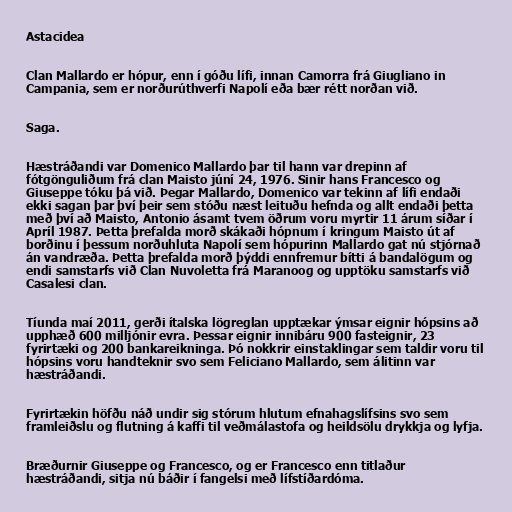
Astacidea

Clan Mallardo er hópur, enn í góðu lífi, innan Camorra frá Giugliano in
Campania, sem er norðurúthverfi Napolí eða bær rétt norðan við.

Saga.

Hæstráðandi var Domenico Mallardo þar til hann var drepinn af
fótgönguliðum frá clan Maisto júní 24, 1976. Sinir hans Francesco og
Giuseppe tóku þá við. Þegar Mallardo, Domenico var tekinn af lífi endaði
ekki sagan þar því þeir sem stóðu næst leituðu hefnda og allt endaði þetta
með því að Maisto, Antonio ásamt tvem öðrum voru myrtir 11 árum síðar í
Apríl 1987. Þetta þrefalda morð skákaði hópnum í kringum Maisto út af
borðinu í þessum norðuhluta Napolí sem hópurinn Mallardo gat nú stjórnað
án vandræða. Þetta þrefalda morð þýddi ennfremur bítti á bandalögum og
endi samstarfs við Clan Nuvoletta frá Maranoog og upptöku samstarfs við
Casalesi clan.

Tíunda maí 2011, gerði ítalska lögreglan upptækar ýmsar eignir hópsins að
upphæð 600 milljónir evra. Þessar eignir innibáru 900 fasteignir, 23
fyrirtæki og 200 bankareikninga. Þó nokkrir einstaklingar sem taldir voru til
hópsins voru handteknir svo sem Feliciano Mallardo, sem álitinn var
hæstráðandi.

Fyrirtækin höfðu náð undir sig stórum hlutum efnahagslífsins svo sem
framleiðslu og flutning á kaffi til veðmálastofa og heildsölu drykkja og lyfja.

Bræðurnir Giuseppe og Francesco, og er Francesco enn titlaður
hæstráðandi, sitja nú báðir í fangelsi með lífstíðardóma.